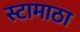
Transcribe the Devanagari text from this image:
स्टामाठा